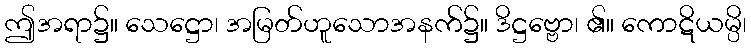
ဤအရာ၌။ သေဋ္ဌော၊ အမြတ်ဟူသောအနက်၌။ ဒိဋ္ဌဗ္ဗော၊ ၏။ ကောဋိယမ္ပိ၊